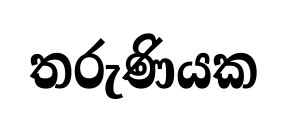
තරුණියක